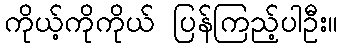
ကိုယ့်ကိုကိုယ် ပြန်ကြည့်ပါဦး။